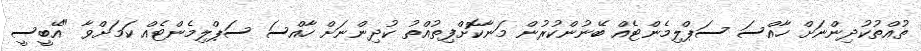
ތުއްތުކުދިންނަށް ހާއްސަ ސަޕްލިމެންޓެއް ބޭނުންކުރުން މަނާކޮށްފިތުއްތު ކުދިންނަށް ހާއްސަ ސަޕްލިމެންޓެއް ކަމަށްވާ "އޭބީސީ